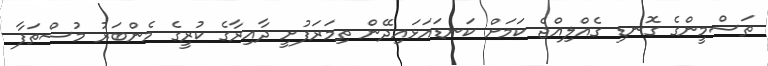
ތަސްމީންގެ ގޮނޑި ގެއްލިއްޖެ ކަމަށް ކަނޑައަޅައިދޭން ތިމަރަފުށީ ދާއިރާގެ ކުރީގެ މެންބަރު މުސްތަފާ